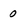
Character: 0